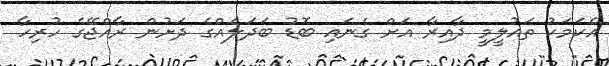
އެކަމަކު ތައުލީމީ ދާއިރާ އަށް ގެނައި ބޮޑު ބަދަލެއްގެ ދަށުން ރާއްޖޭގެ ހުރިހާ